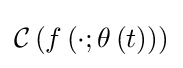
{\mathcal {C}}\left(f\left(\cdot ;\theta \left(t\right)\right)\right)